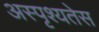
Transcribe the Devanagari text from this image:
अस्पृश्यतेस